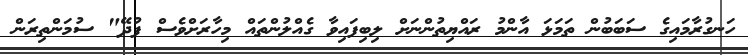
ހަނގުރާމައިގެ ސަބަބުން ތަމަޅަ އާންމު ރައްޔިތުންނަށް ލިބިފައިވާ ގެއްލުންތައް މިހާރަށްވެސް ފުދޭ" ސުމަންތިރަން